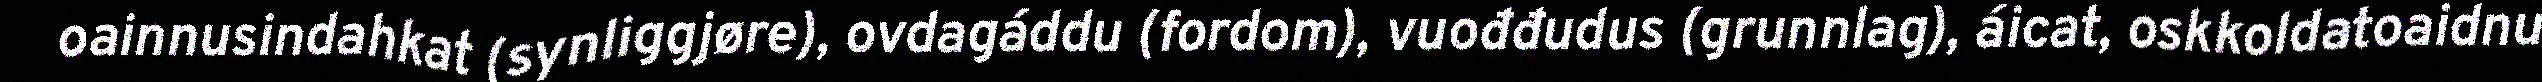
oainnusindahkat (synliggjøre), ovdagáddu (fordom), vuođđudus (grunnlag), áicat, oskkoldatoaidnu